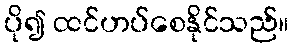
ပို၍ ထင်ဟပ်စေနိုင်သည်။